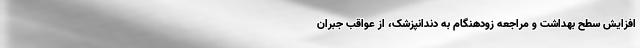
افزایش سطح بهداشت و مراجعه زودهنگام به دندانپزشک، از عواقب جبران